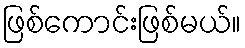
ဖြစ်ကောင်းဖြစ်မယ်။